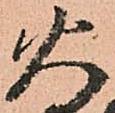
火